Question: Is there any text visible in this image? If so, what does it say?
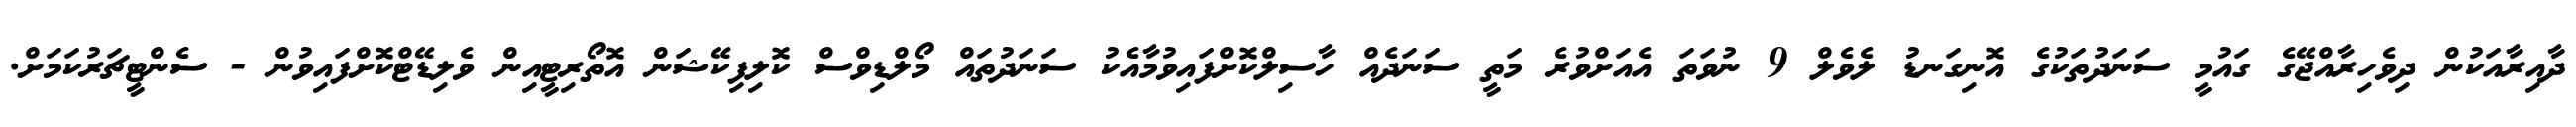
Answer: ދާއިރާއަކުން ދިވެހިރާއްޖޭގެ ގައުމީ ސަނަދުތަކުގެ އޮނިގަނޑު ލެވެލް 9 ނުވަތަ އެއަށްވުރެ މަތީ ސަނަދެއް ހާސިލްކޮށްފައިވުމާއެކު ސަނަދުތައް މޯލްޑިވްސް ކޮލިފިކޭޝަން އޮތޯރިޓީއިން ވެލިޑޭޓްކޮށްފައިވުން - ސެންޓީޗަރުކަމަށް.